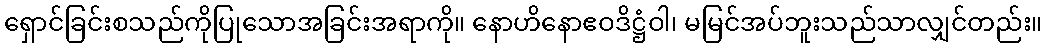
ရှောင်ခြင်းစသည်ကိုပြုသောအခြင်းအရာကို။ နောဟိနောဧဝဒိဋ္ဌံဝါ၊ မမြင်အပ်ဘူးသည်သာလျှင်တည်း။